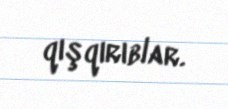
qışqırıblar.